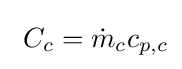
\ C_{c}={\dot {m}}_{c}c_{p,c}